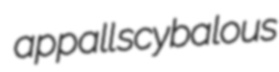
appall scybalous